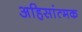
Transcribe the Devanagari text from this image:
अहिसांत्मक